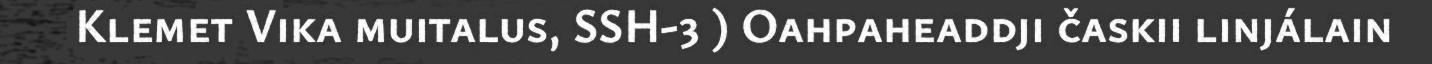
Klemet Vika muitalus, SSH-3 ) Oahpaheaddji časkii linjálain